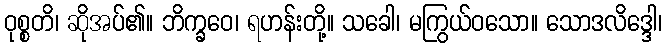
ဝုစ္စတိ၊ ဆိုအပ်၏။ ဘိက္ခဝေ၊ ရဟန်းတို့။ သခေါ၊ မကြွယ်ဝသော။ သောဒလိဒ္ဒေါ၊